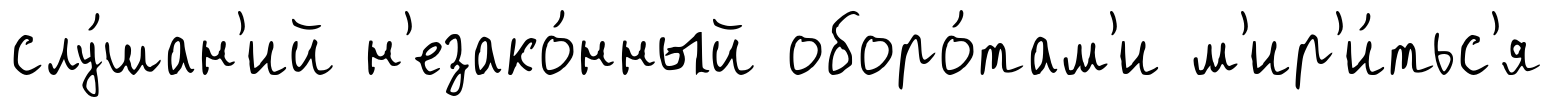
слу́шан'ий н'езако́нный оборо́там'и м'ир'и́тьс'я